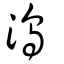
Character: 溩